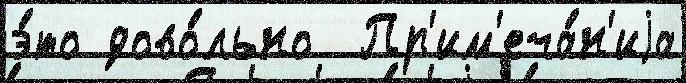
э́то дово́льно  Пр'им'еча́н'иjа